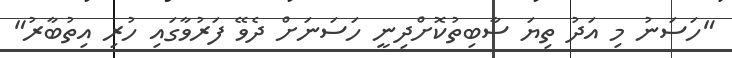
"ހަސަނު މި އަދު ތިޔަ ސާބިތުކޮށްދިނީ ހަސަނަށް ދެވޭ ފަރުވާގައި ހުރި އިތުބާރު"